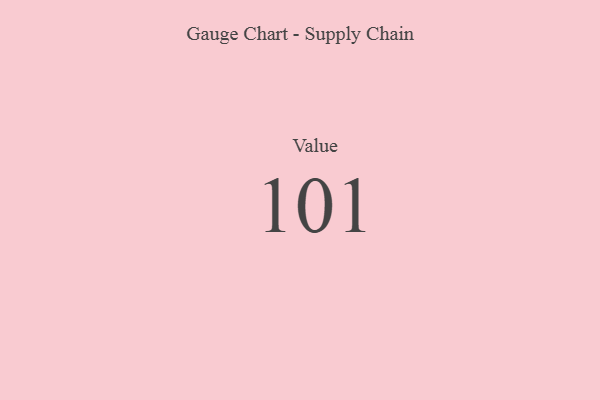
{"axis": {"x": "Metric", "y": "Value"}, "legend": [""], "data": [{"x": "Value", "y": 101, "type": ""}]}